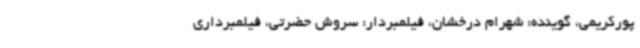
پورکریمی، گوینده: شهرام درخشان، فیلمبردار: سروش حضرتی، فیلمبرداری